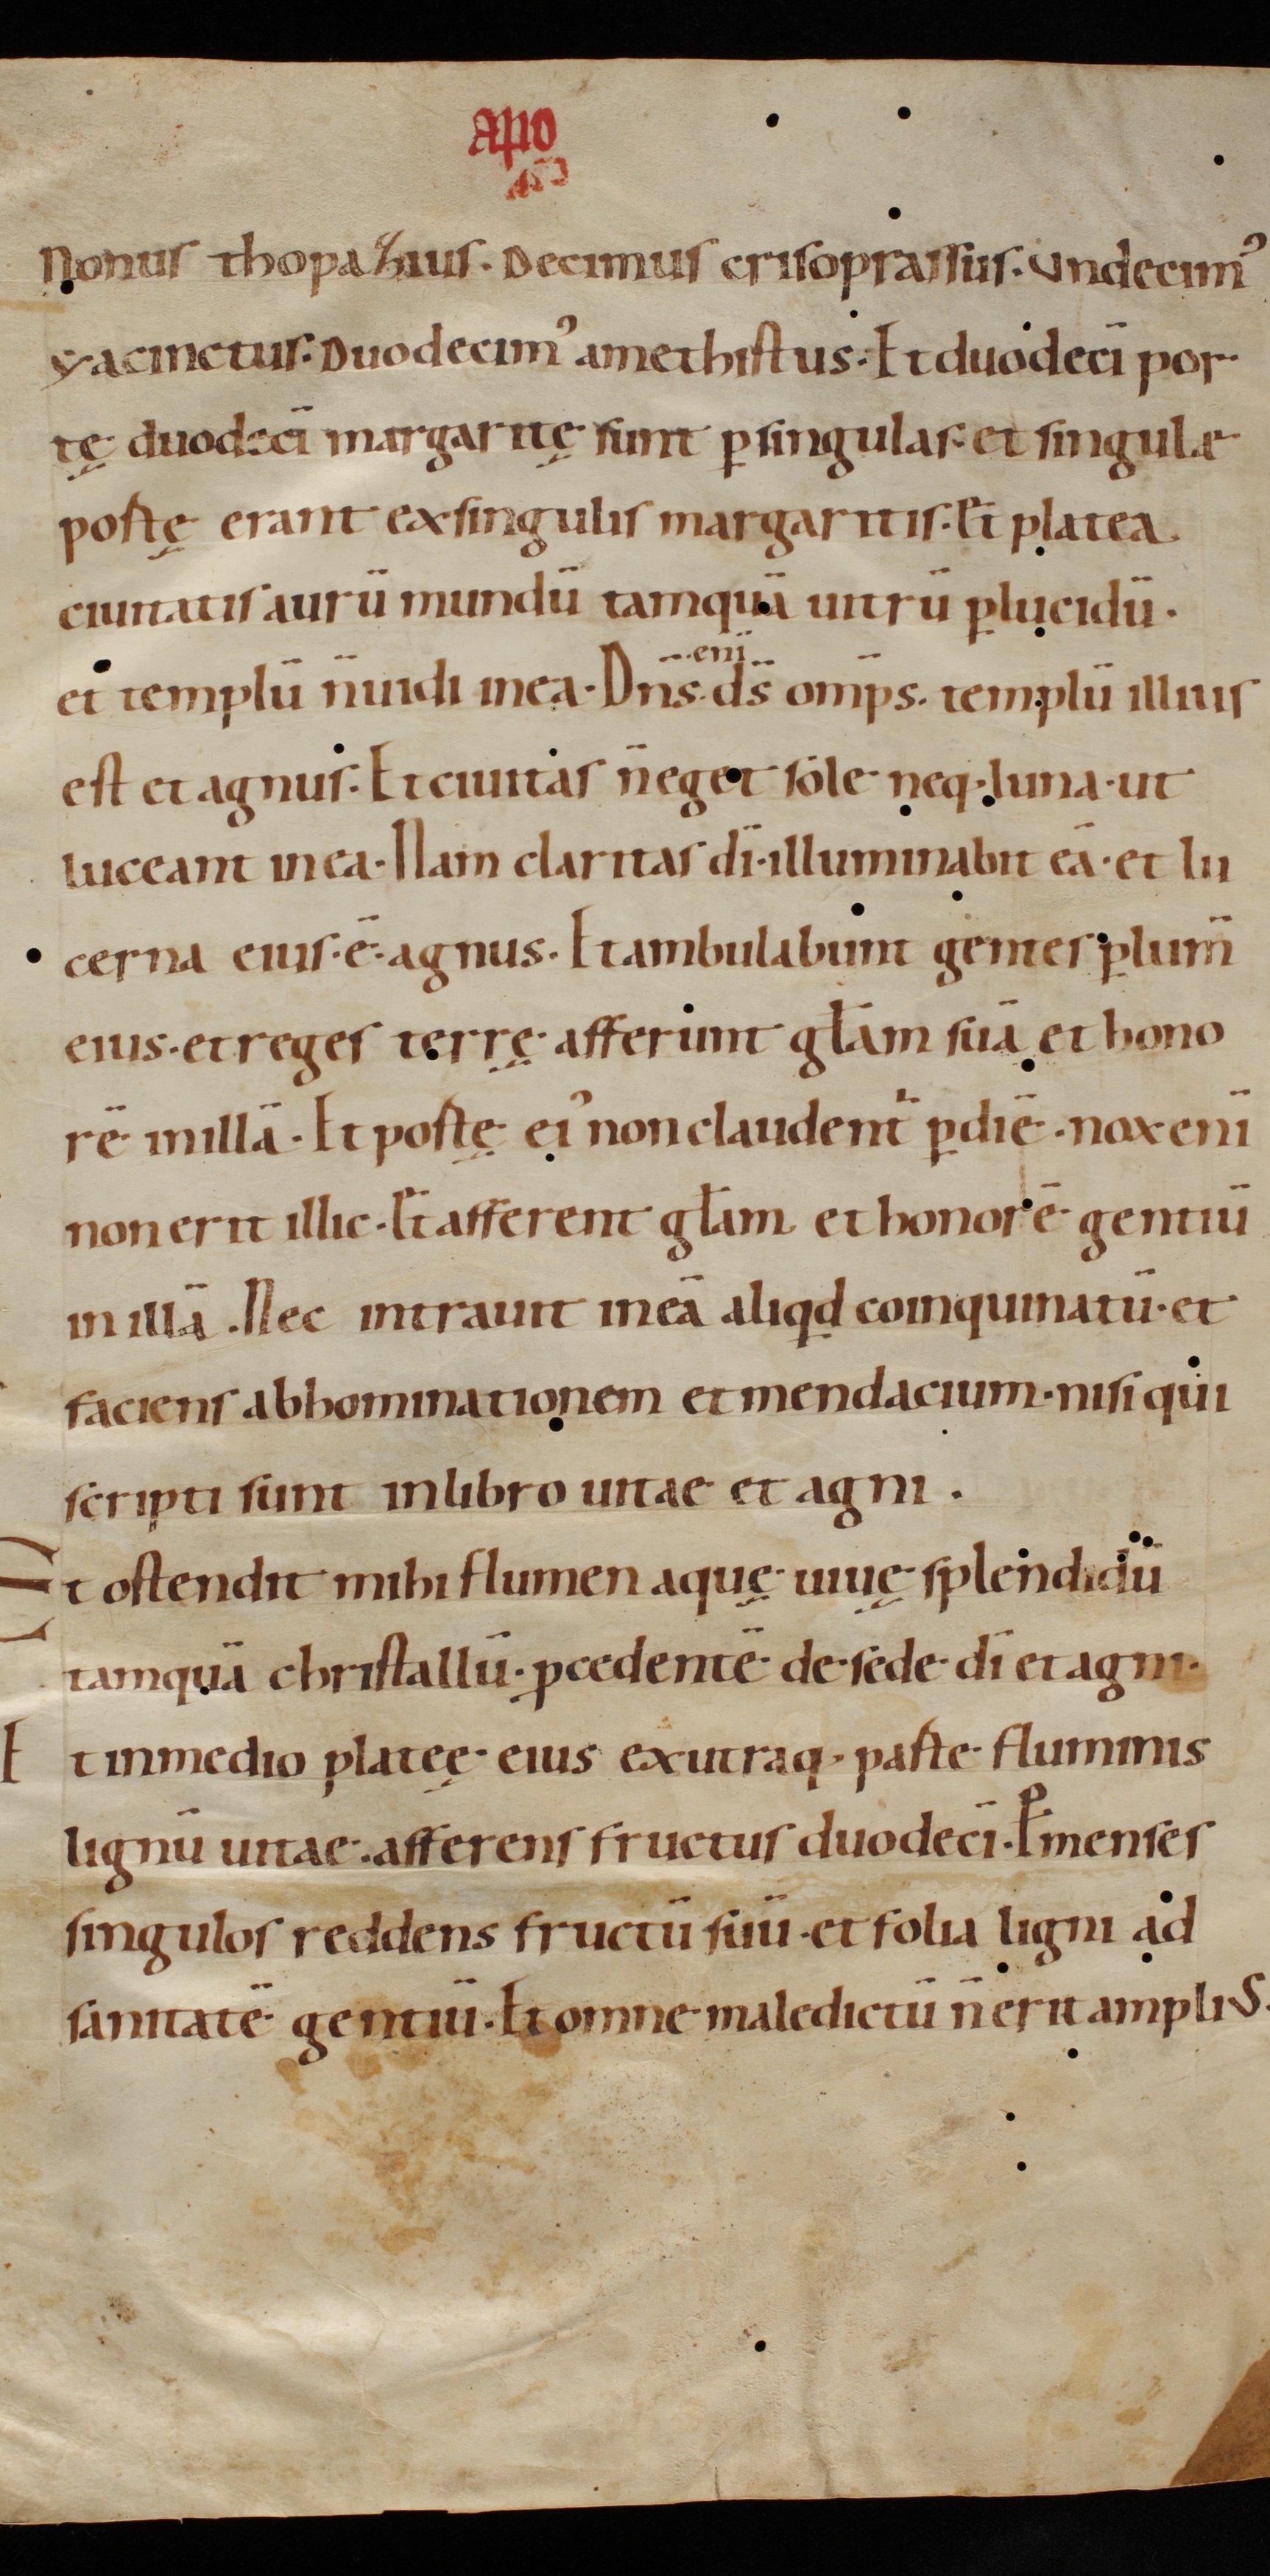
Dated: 900–999